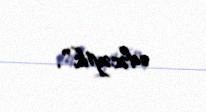
edəcəyik".